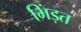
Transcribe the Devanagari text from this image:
भिंड़त